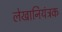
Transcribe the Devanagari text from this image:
लेखानियंत्रक